Leningradi_Edasi_toimetus, lk 116
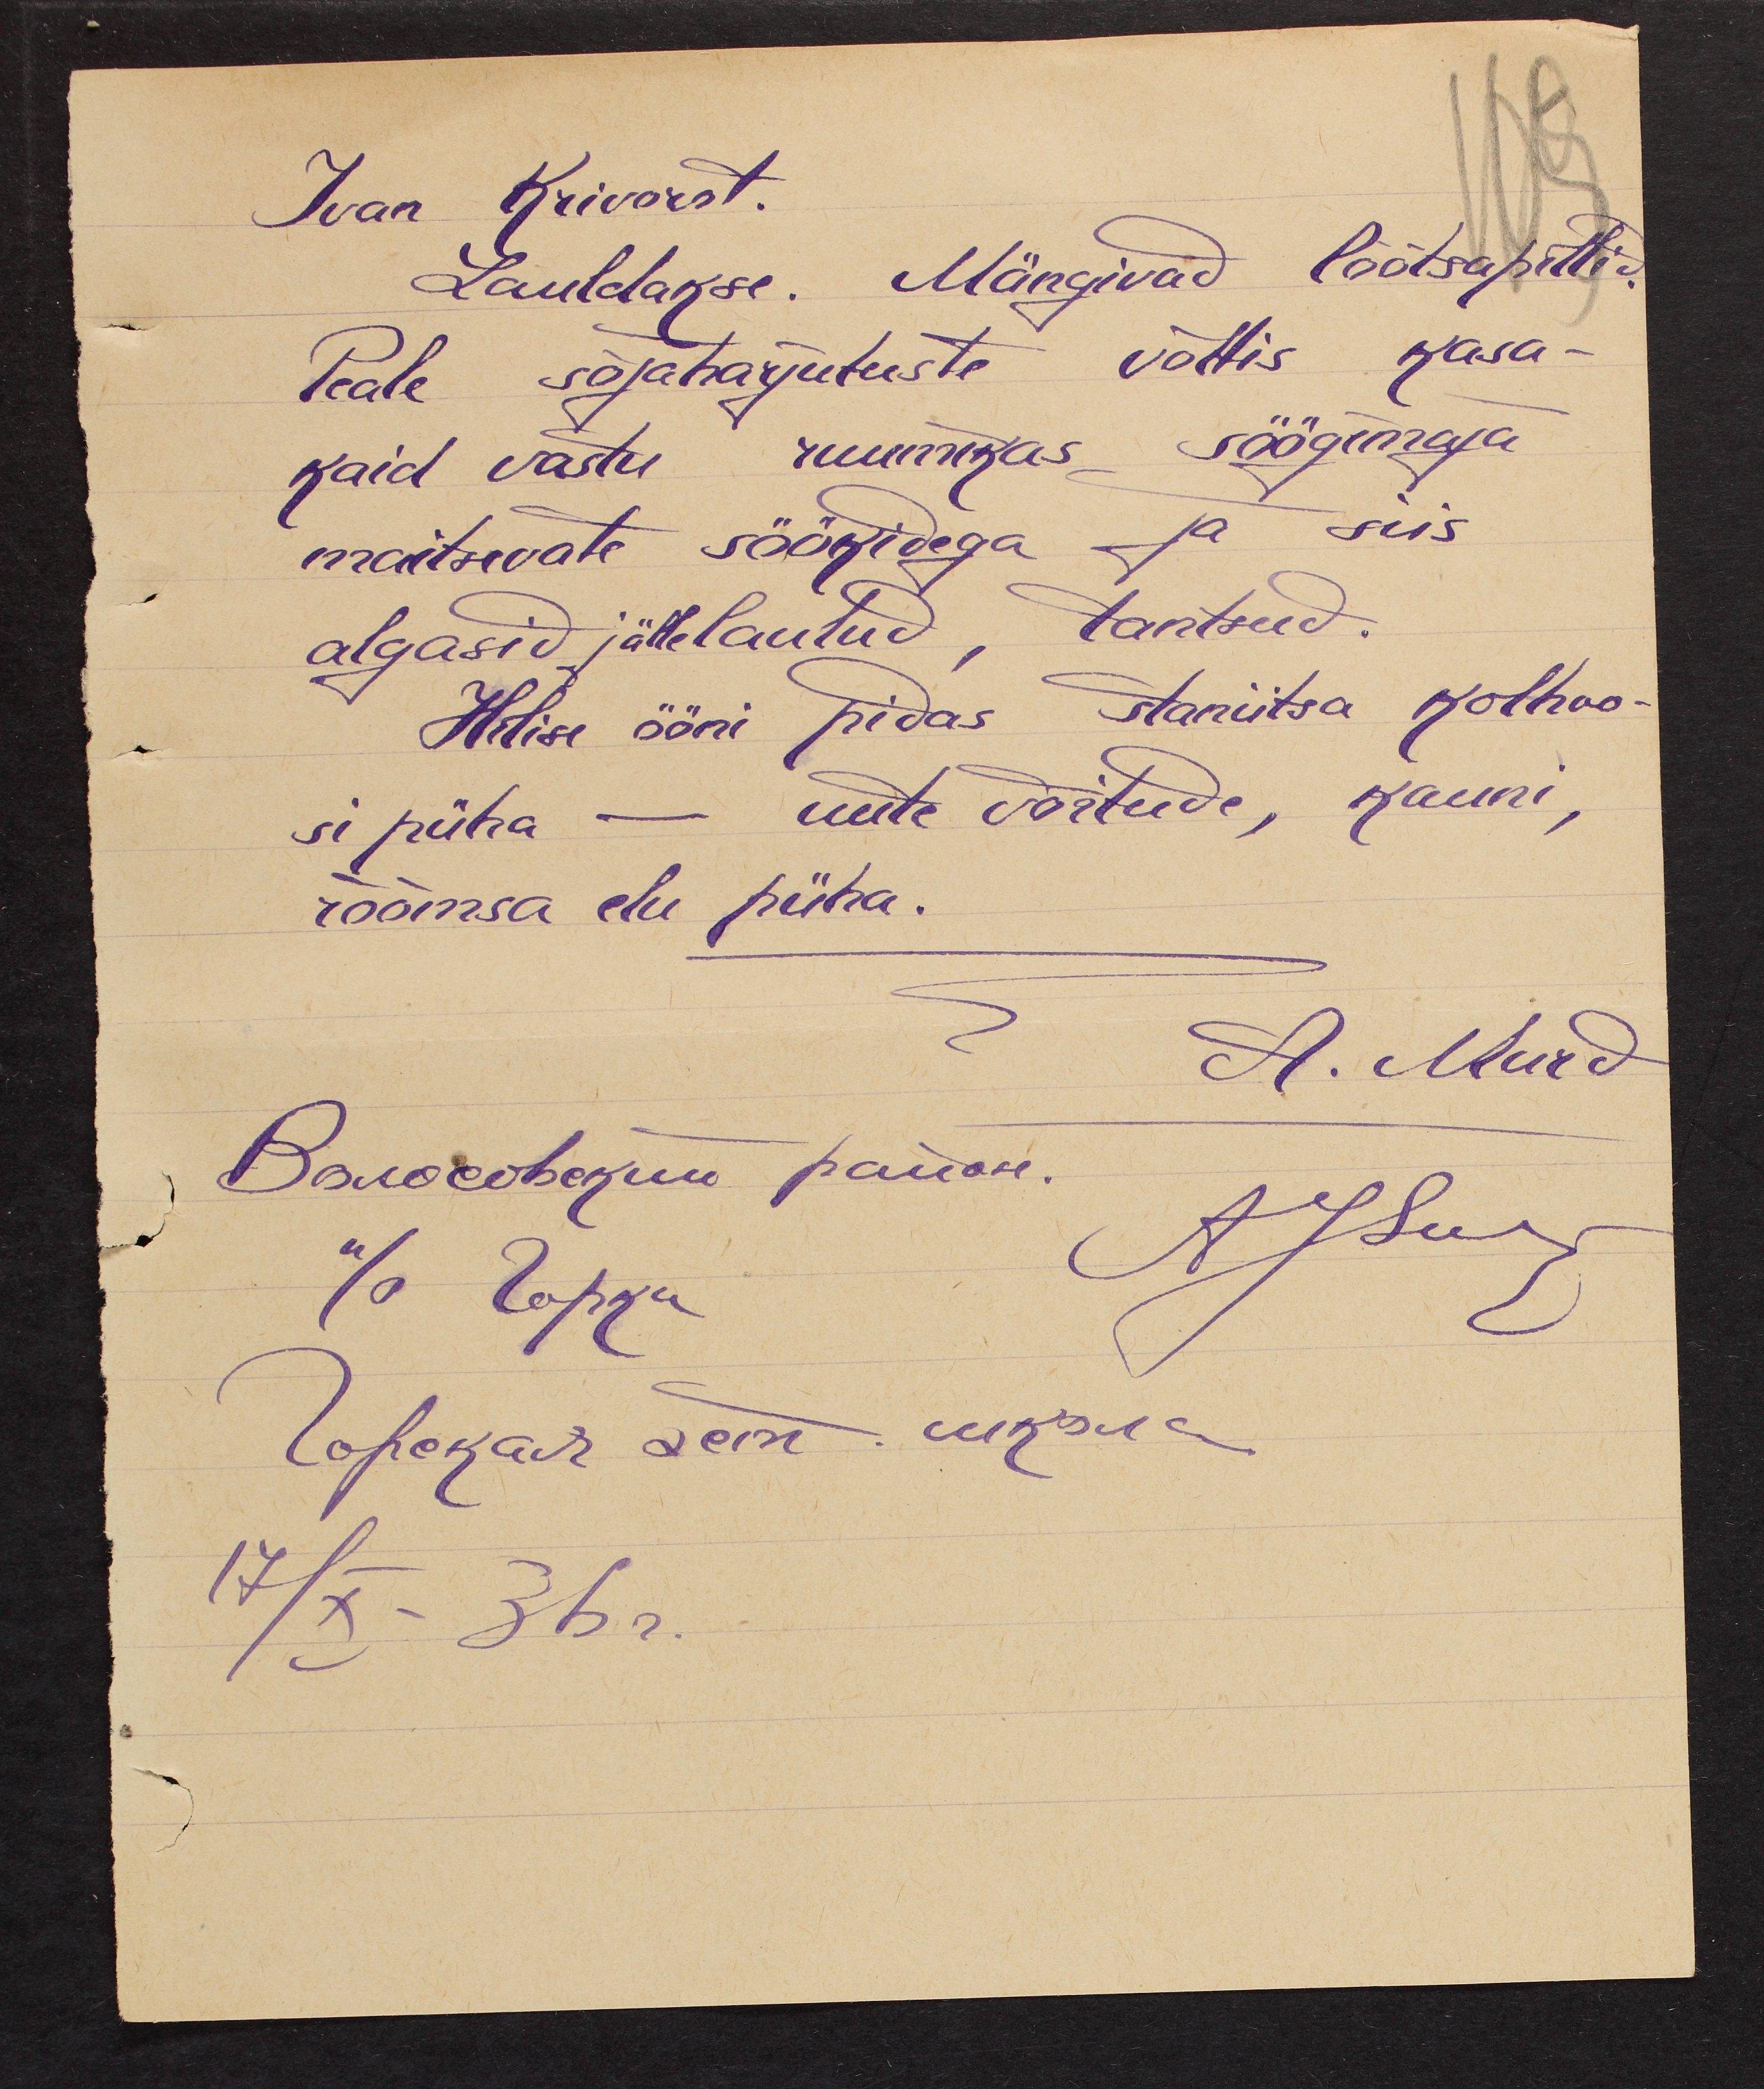
Ivan Krivorot.
Lauldakse. Mängivad lõõtsapillid.
Peale sõjaharjutuste võttis kasa-
kaid vastu ruumikas söögimaja
maitsevate söökidega ja siis
algasid jälle laulud, tantsud.
Helise ööni pidas staniitsa kolhoo-
si püha - uute võitude, kauni,
rõõmsa elu püha.
A. Murd
ASSur
17/X 36 r.